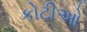
કોટીઓ